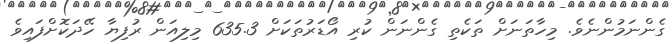
ގެންނަމުންނެވެ. މިހާތަނަށް ތަކެތި ގެންނަން ކުރި އޯޑަރުތަކަށް 635.3 މިލިއަން ރުފިޔާ ހޭދަކޮށްފައިވެ